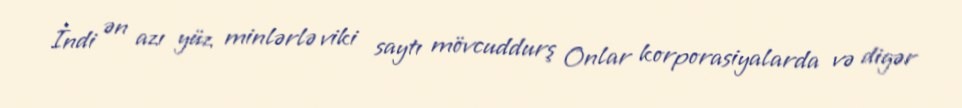
İndi ən azı yüz minlərlə viki saytı mövcuddurş Onlar korporasiyalarda və digər